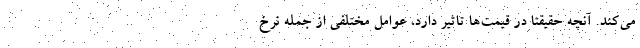
می‌کند. آنچه حقیقتا در قیمت‌ها تاثیر دارد، عوامل مختلفی از جمله نرخ